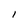
Character: I